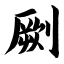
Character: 劂